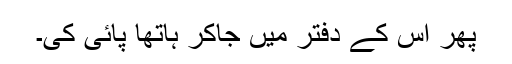
پھر اس کے دفتر میں جاکر ہاتھا پائی کی۔